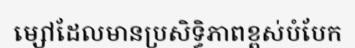
ម្សៅដែលមានប្រសិទ្ធិភាពខ្ពស់បំបែក